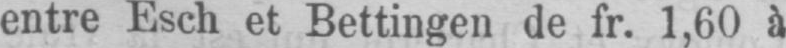
entre Esch et Bettingen de fr. 1,60 à